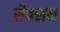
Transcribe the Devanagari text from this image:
सैक्‍शन